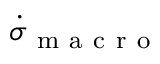
\dot { \sigma } _ { \mathrm { ~ m ~ a ~ c ~ r ~ o ~ } }